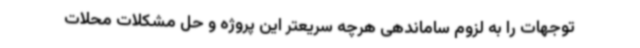
توجهات را به لزوم ساماندهی هرچه سریعتر این پروژه و حل مشکلات محلات